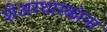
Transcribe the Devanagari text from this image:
शेअरधारकांना